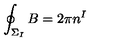
\oint _ { \Sigma _ { I } } B = 2 \pi { } n ^ { I }